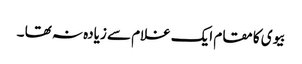
بیوی کا مقام ایک غلام سے زیادہ نہ تھا ۔